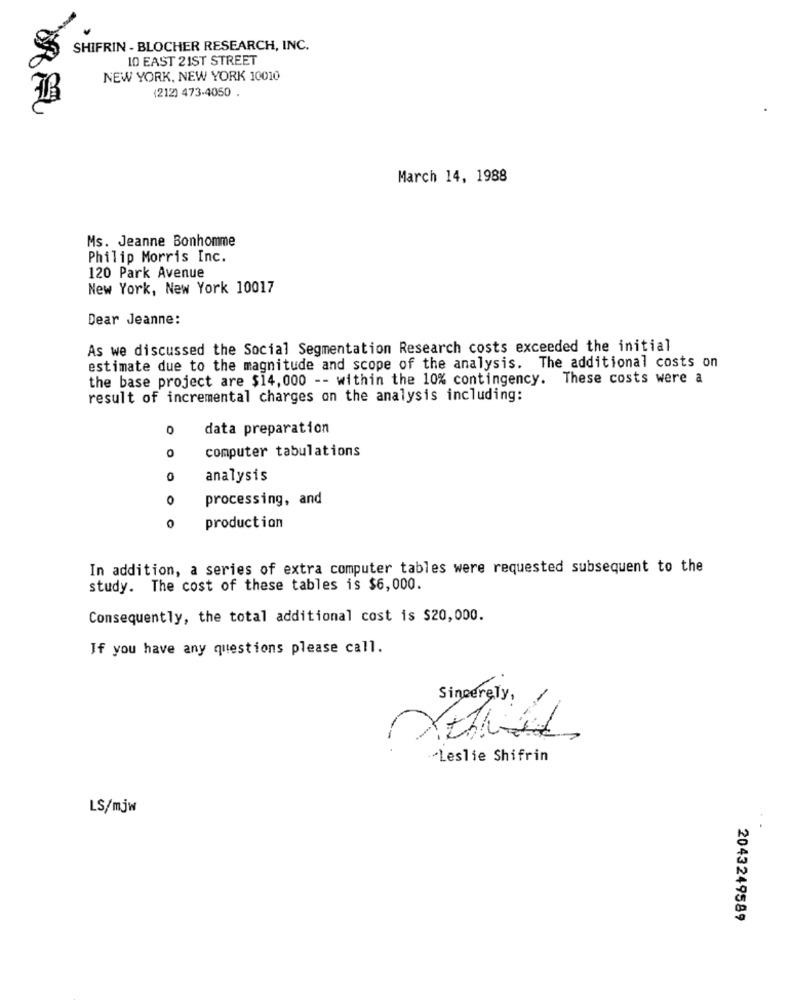
SHIFRIN - BLOCHER RESEARCH, INC.
10 EAST 21ST STREET
NEW YORK, NEW YORK 10010
(212) 473-4050 .
March 14, 1988
Ms. Jeanne Bonhomme
Philip Morris Inc.
120 Park Avenue
New York, New York 10017
Dear Jeanne:
As we discussed the Social Segmentation Research costs exceeded the initial
estimate due to the magnitude and scope of the analysis. The additional costs on
the base project are $14, 000 -- within the 10% contingency. These costs were a
result of incremental charges on the analysis including:
0
data preparation
computer tabulations
0
0
analysis
0
processing, and
0
production
In addition, a series of extra computer tables were requested subsequent to the
study. The cost of these tables is $6,000.
Consequently, the total additional cost is $20,000.
If you have any questions please call.
Sincerely,
Leslie Shifrin
LS/mjw
2043249589